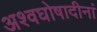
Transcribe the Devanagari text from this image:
अश्वघोषादीनां